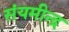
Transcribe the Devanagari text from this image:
संयमीन्द्र